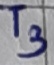
Text: T3